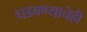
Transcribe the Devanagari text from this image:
घडवण्याचेही